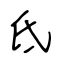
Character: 氐